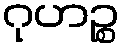
ဂုဟဉ္စ